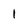
Character: l